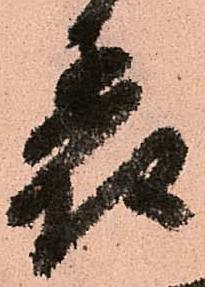
表